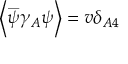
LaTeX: \left\langle \overset { \_ } { \psi } \gamma _ { A } \psi \right\rangle = v \delta _ { A 4 }